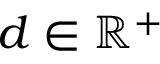
d \in \mathbb { R } ^ { + }